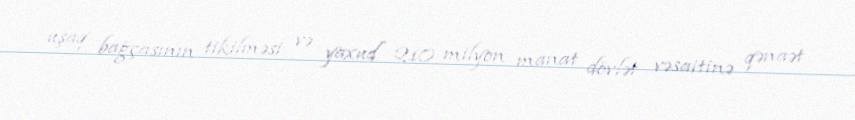
uşaq bağçasının tikilməsi və yaxud 210 milyon manat dövlət vəsaitinə qənaət